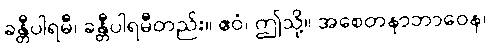
ခန္တီပါရမီ၊ ခန္တီပါရမီတည်း။ ဧဝံ၊ ဤသို့။ အစေတနာဘာဝေန၊